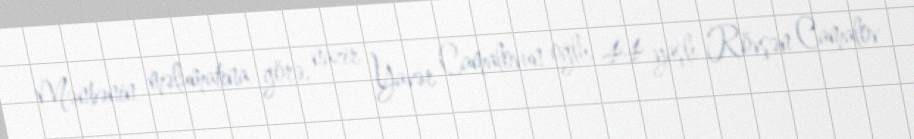
Mənbənin məlumatına görə, nazir Yavər Camalovun oğlu, 44 yaşlı Rövşən Camalov